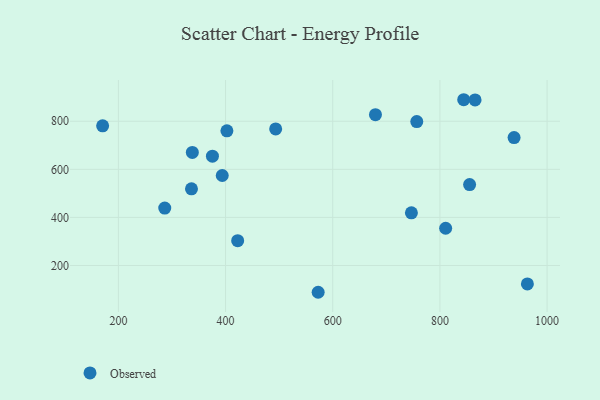
{"axis": {"x": "Price", "y": "Yield"}, "legend": ["Observed"], "data": [{"x": "286.5", "y": 438.7, "type": "Observed"}, {"x": "844.4", "y": 889.5, "type": "Observed"}, {"x": "393.8", "y": 574.3, "type": "Observed"}, {"x": "572.8", "y": 88.6, "type": "Observed"}, {"x": "422.6", "y": 303.1, "type": "Observed"}, {"x": "938.4", "y": 731.9, "type": "Observed"}, {"x": "170.6", "y": 780.8, "type": "Observed"}, {"x": "679.7", "y": 827.3, "type": "Observed"}, {"x": "402.5", "y": 760.3, "type": "Observed"}, {"x": "336.4", "y": 519.0, "type": "Observed"}, {"x": "810.7", "y": 354.9, "type": "Observed"}, {"x": "756.8", "y": 798.6, "type": "Observed"}, {"x": "855.4", "y": 536.7, "type": "Observed"}, {"x": "338.0", "y": 670.5, "type": "Observed"}, {"x": "493.5", "y": 767.9, "type": "Observed"}, {"x": "746.8", "y": 419.0, "type": "Observed"}, {"x": "963.2", "y": 123.4, "type": "Observed"}, {"x": "375.5", "y": 654.6, "type": "Observed"}, {"x": "865.6", "y": 888.6, "type": "Observed"}]}